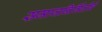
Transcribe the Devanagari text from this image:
समाजनिर्मितीचे